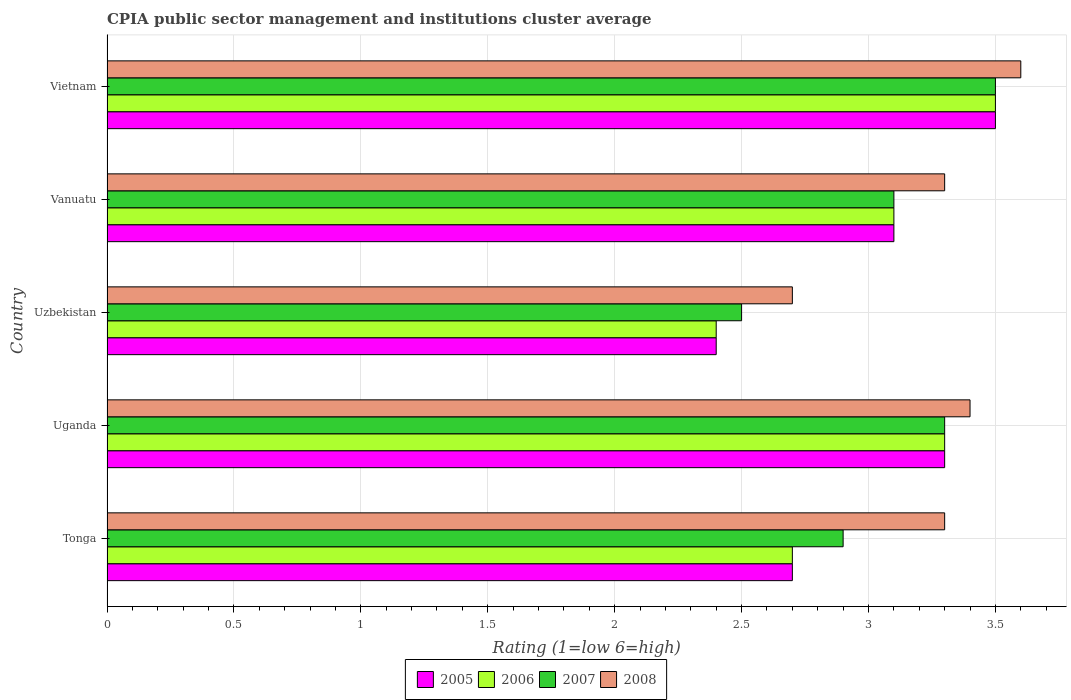
| Country | 2005 | 2006 | 2007 | 2008 |
 | --- | --- | --- | --- | --- |
 | Tonga | 2.7 | 2.7 | 2.9 | 3.3 |
 | Uganda | 3.3 | 3.3 | 3.3 | 3.4 |
 | Uzbekistan | 2.4 | 2.4 | 2.5 | 2.7 |
 | Vanuatu | 3.1 | 3.1 | 3.1 | 3.3 |
 | Vietnam | 3.5 | 3.5 | 3.5 | 3.6 |